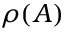
\rho ( A )